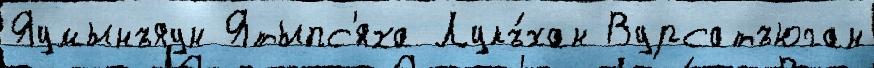
Яумынъяун Ятыпс'́яха Лукъ́хан Вурсатъюган